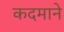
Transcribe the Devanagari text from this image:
कदमाने